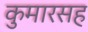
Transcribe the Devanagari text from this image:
कुमारसह